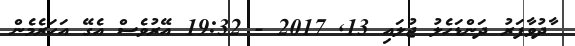
ާދުވާފަރު ދަންޑަހެލު ޖުލައި 13